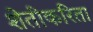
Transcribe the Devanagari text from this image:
शेतीकरिता